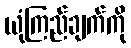
ယုံကြည်ချက်ကို